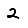
Digit: 2